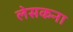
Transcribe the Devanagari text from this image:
लेसकना